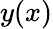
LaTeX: y(x)